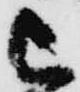
被